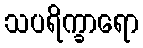
သပရိက္ခာရော